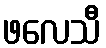
ဖလေသီ